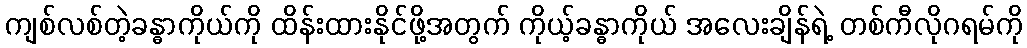
ကျစ်လစ်တဲ့ခန္ဓာကိုယ်ကို ထိန်းထားနိုင်ဖို့အတွက် ကိုယ့်ခန္ဓာကိုယ် အလေးချိန်ရဲ့ တစ်ကီလိုဂရမ်ကို